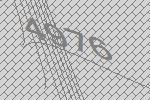
4976